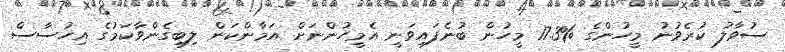
ސުވާލު ކުރެވުނު މީހުންގެ %17.3 މީހުން ބުނެފައިވަނީ އެމީހުންނަށް އަމާންކަން ލިބިގެންވާކަމުގެ އިހުސާސް